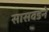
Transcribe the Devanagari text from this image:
सासवडने